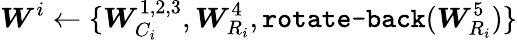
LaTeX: \boldsymbol{W}^{i}\leftarrow\{ \boldsymbol{W}_{C_{i}}^{1,2,3},\boldsymbol{W}_{R_{i}}^{4},\texttt{rotate-back}(\boldsymbol{W}_{R_{i}}^{5})\}